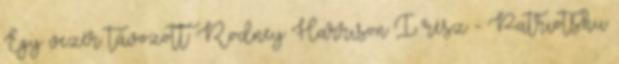
Egy vezér távozott: Rodney Harrison I. rész - Patriots.hu